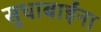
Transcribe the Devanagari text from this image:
सुधाबाईंना